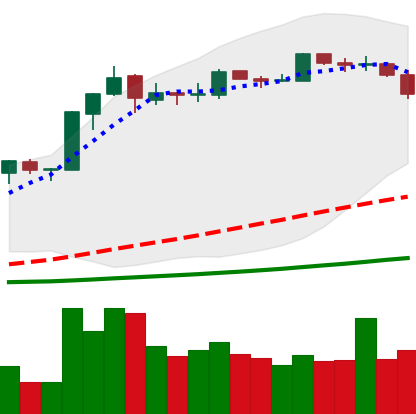
Ticker: BNB-USD
Chart end date: 2019-03-21
Forward return: 12.525%
Label: up_7plus